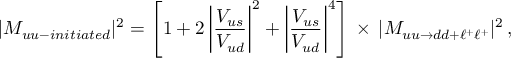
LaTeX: | { \cal M } _ { u u - i n i t i a t e d } | ^ { 2 } = \left[ 1 + 2 \left| \frac { V _ { u s } } { V _ { u d } } \right| ^ { 2 } + \left| \frac { V _ { u s } } { V _ { u d } } \right| ^ { 4 } \right] \, \times \, | { \cal M } _ { u u \to d d + \ell ^ { + } \ell ^ { + } } | ^ { 2 } \, ,